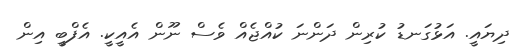
ދިޔައީ. އަޅުގަނޑު ކުރިން ދަންނަ ކުއްޖެއް ވެސް ނޫން އެއީކީ. އެފްބީ އިން